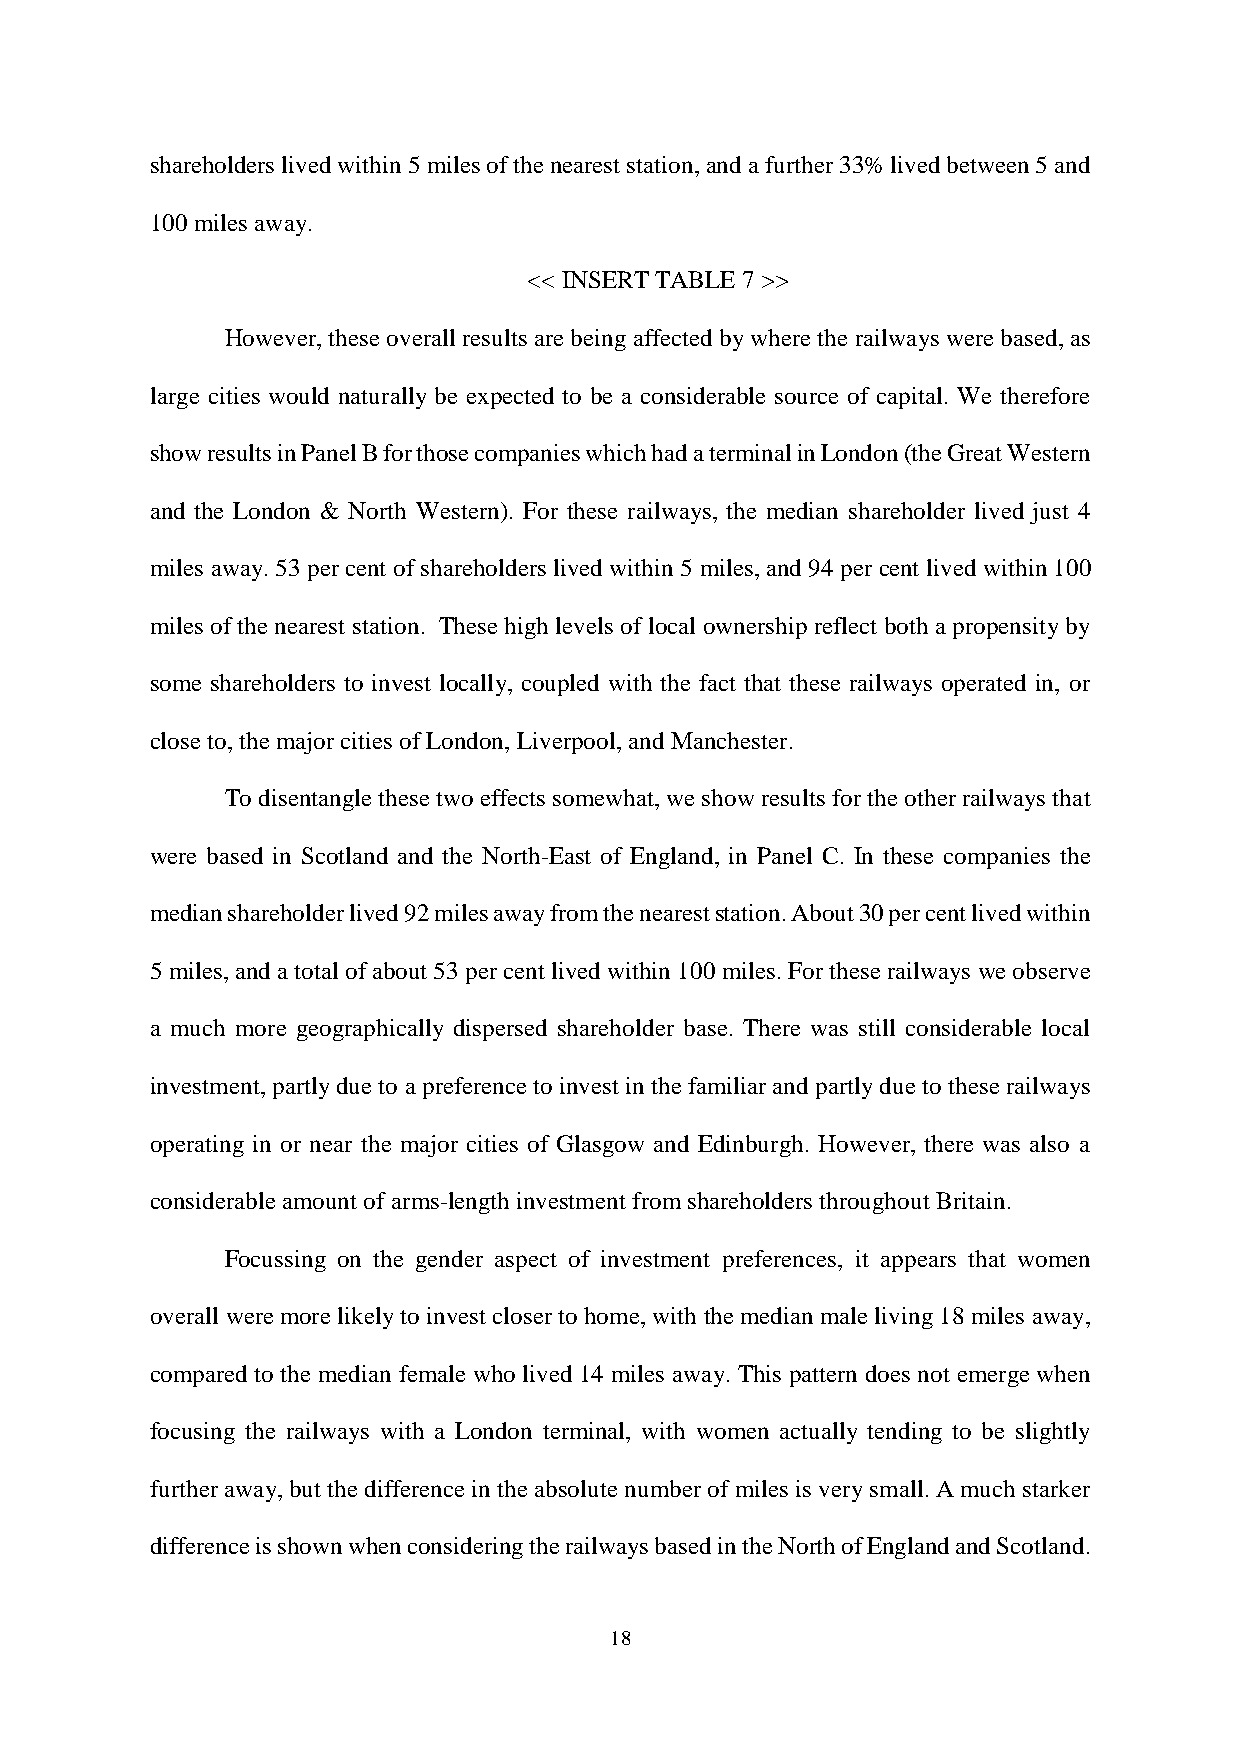
shareholders lived within 5 miles of the nearest station, and a further 33% lived between 5 and
 100 miles away.
 << INSERT TABLE 7 >>
 However, these overall results are being affected by where the railways were based, as
 large cities would naturally be expected to be a considerable source of capital. We therefore
 show results in Panel B for those companies which had a terminal in London (the Great Western
 and the London & North Western). For these railways, the median shareholder lived just 4
 miles away. 53 per cent of shareholders lived within 5 miles, and 94 per cent lived within 100
 miles of the nearest station. These high levels of local ownership reflect both a propensity by
 some shareholders to invest locally, coupled with the fact that these railways operated in, or
 close to, the major cities of London, Liverpool, and Manchester.
 To disentangle these two effects somewhat, we show results for the other railways that
 were based in Scotland and the North-East of England, in Panel C. In these companies the
 median shareholder lived 92 miles away from the nearest station. About 30 per cent lived within
 5 miles, and a total of about 53 per cent lived within 100 miles. For these railways we observe
 a much more geographically dispersed shareholder base. There was still considerable local
 investment, partly due to a preference to invest in the familiar and partly due to these railways
 operating in or near the major cities of Glasgow and Edinburgh. However, there was also a
 considerable amount of arms-length investment from shareholders throughout Britain.
 Focussing on the gender aspect of investment preferences, it appears that women
 overall were more likely to invest closer to home, with the median male living 18 miles away,
 compared to the median female who lived 14 miles away. This pattern does not emerge when
 focusing the railways with a London terminal, with women actually tending to be slightly
 further away, but the difference in the absolute number of miles is very small. A much starker
 difference is shown when considering the railways based in the North of England and Scotland.
 18